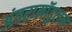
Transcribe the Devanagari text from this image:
अंतरामॉडुलन